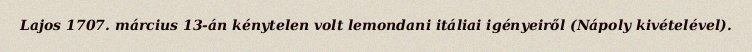
Lajos 1707. március 13-án kénytelen volt lemondani itáliai igényeiről (Nápoly kivételével).